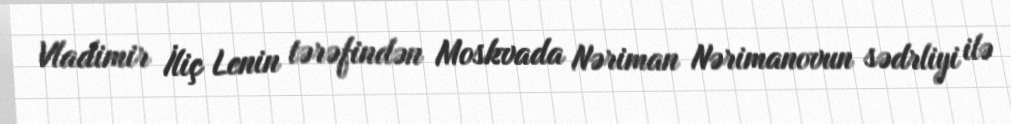
Vladimir İliç Lenin tərəfindən Moskvada Nəriman Nərimanovun sədrliyi ilə